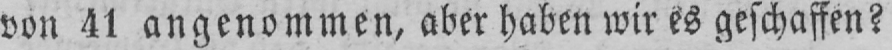
von 41 angenommen, aber haben wir es geschaffen?